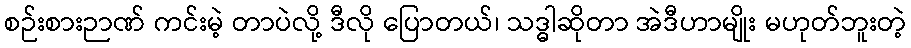
စဉ်းစားဉာဏ် ကင်းမဲ့ တာပဲလို့ ဒီလို ပြောတယ်၊ သဒ္ဓါဆိုတာ အဲဒီဟာမျိုး မဟုတ်ဘူးတဲ့